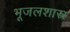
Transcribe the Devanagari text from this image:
भूजलशास्त्र